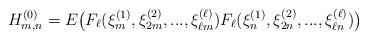
LaTeX: \begin{align*} H^{(0)}_{m,n}=E\big(F_\ell(\xi^{(1)}_m,\xi_{2m}^{(2)},..., \xi^{(\ell)}_{\ell m})F_\ell(\xi^{(1)}_n,\xi_{2n}^{(2)},..., \xi^{(\ell)}_{\ell n})\big) \end{align*}